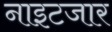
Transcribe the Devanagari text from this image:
नाइटजार